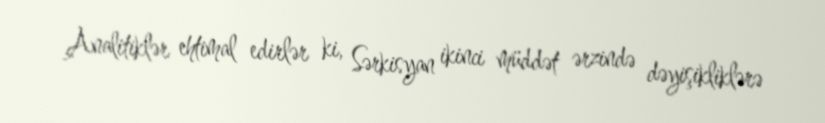
Analitiklər ehtimal edirlər ki, Sərkisyan ikinci müddət ərzində dəyişikliklərə